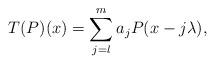
LaTeX: \begin{align*}T(P) (x) = \sum_{j=l}^m a_j P(x-j\lambda), \end{align*}